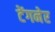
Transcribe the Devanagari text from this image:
टेंगनेर